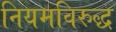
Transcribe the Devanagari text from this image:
नियमविरुद्ध